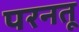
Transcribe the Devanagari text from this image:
परनतू